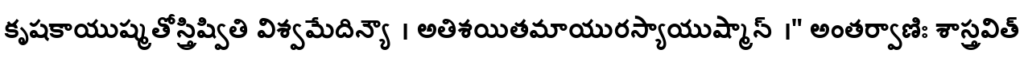
కృషకాయుష్మతోస్త్రిష్వితి విశ్వమేదిన్యౌ । అతిశయితమాయురస్యాయుష్మాన్ ।" అంతర్వాణిః శాస్త్రవిత్